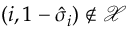
( i , 1 - \hat { \sigma } _ { i } ) \notin \mathcal { X }